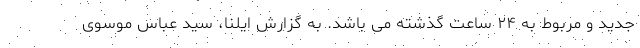
جدید و مربوط به ۲۴ ساعت گذشته می باشد. به گزارش ایلنا، سید عباس موسوی